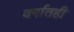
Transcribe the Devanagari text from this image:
वर्गातही